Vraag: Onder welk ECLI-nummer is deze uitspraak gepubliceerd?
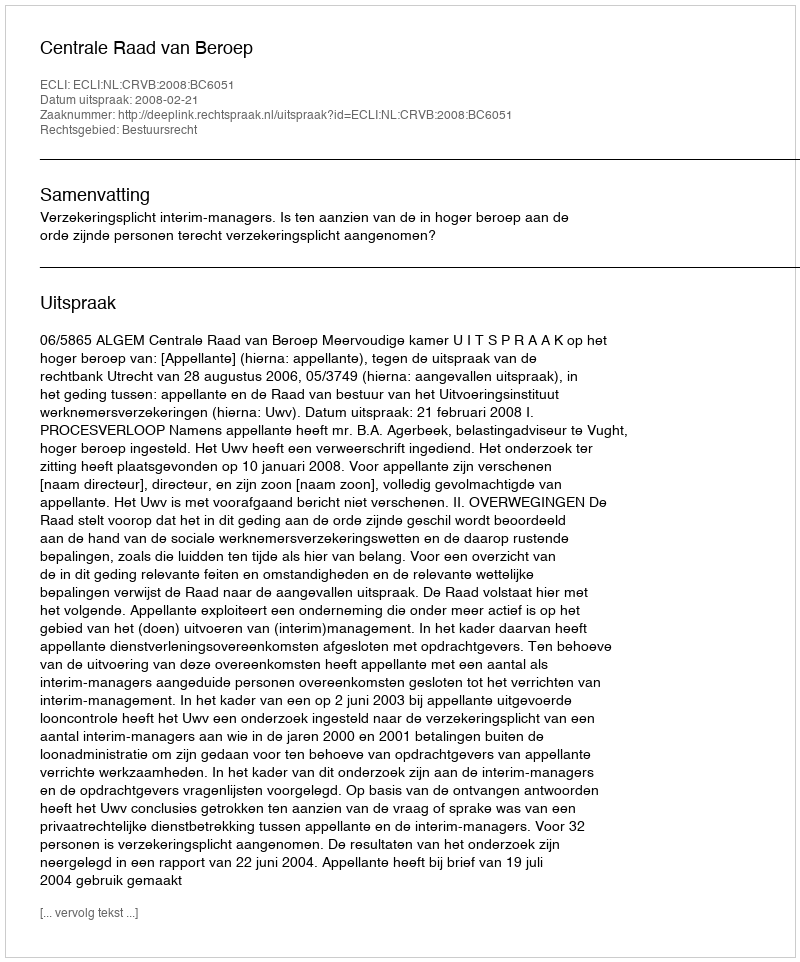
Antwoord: ECLI:NL:CRVB:2008:BC6051